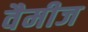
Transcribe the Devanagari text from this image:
वैमीज